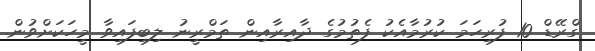
ގްރޭޑް 10 ފުރިހަމަ ކުރުމާއެކު ފެތުމުގެ ދާއިރާއިން ތަމްރީނު ލިބިފައިވާ މީހަކަށްވުން.